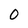
Character: O